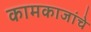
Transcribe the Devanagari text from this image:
कामकाजांचे